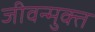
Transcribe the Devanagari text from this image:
जीवन्‍मुक्‍त